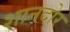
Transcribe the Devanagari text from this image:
शानदोर